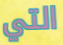
التي